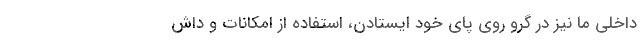
داخلی ما نیز در گرو روی پای خود ایستادن، استفاده از امکانات و داش